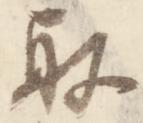
取